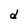
Character: d